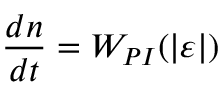
\frac { d n } { d t } = W _ { P I } ( | \varepsilon | )